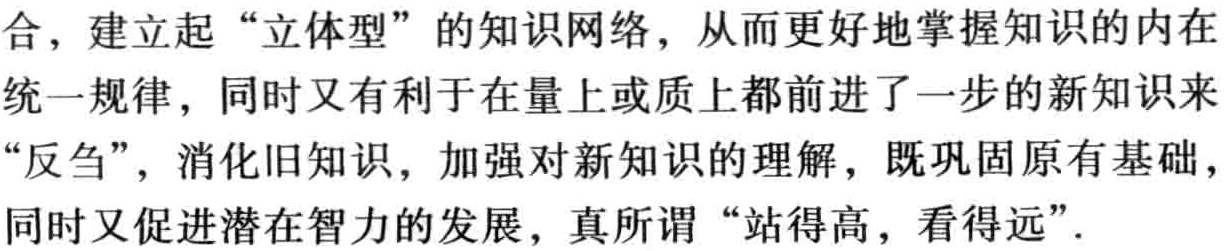
合，建立起“立体型”的知识网络，从而更好地掌握知识的内在

统一规律，同时又有利于在量上或质上都前进了一步的新知识来

“反刍”，消化旧知识，加强对新知识的理解，既巩固原有基础，

同时又促进潜在智力的发展，真所谓“站得高，看得远”.